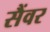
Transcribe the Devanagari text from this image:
सैंवर